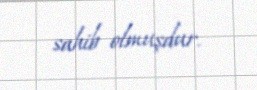
sahib olmuşdur.